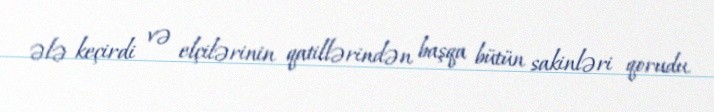
ələ keçirdi və elçilərinin qatillərindən başqa bütün sakinləri qorudu.